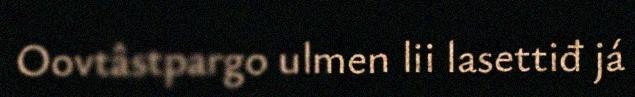
Oovtâstpargo ulmen lii lasettiđ já